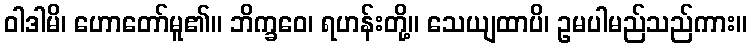
ဝါဒါမိ၊ ဟောတော်မူ၏။ ဘိက္ခဝေ၊ ရဟန်းတို့။ သေယျထာပိ၊ ဥမပါမည်သည်ကား။